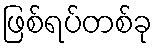
ဖြစ်ရပ်တစ်ခု